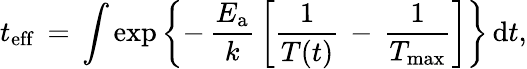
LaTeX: t_{\mathrm{eff}}\, =\, \int\exp\left\lbrace-\, \frac{E_{\mathrm{a}}}{k}\, \left[\frac{1}{T(t)}\, -\, \frac{1}{T_{\mathrm{max}}}\right]\right\rbrace\, \mathrm{d}t,